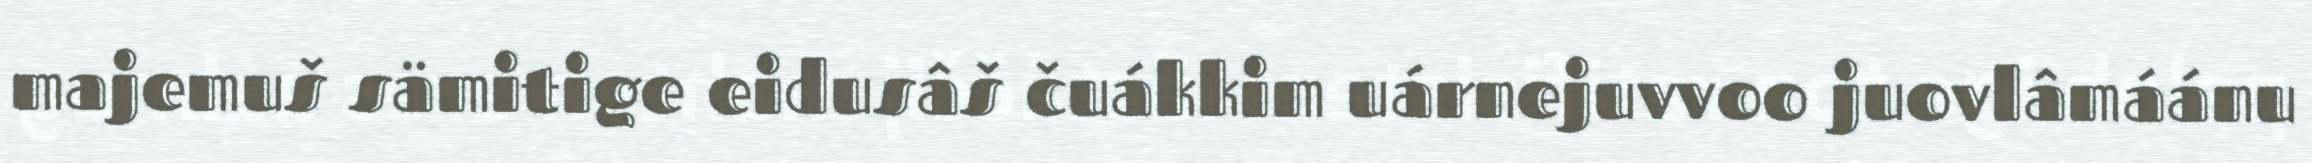
majemuš sämitige eidusâš čuákkim uárnejuvvoo juovlâmáánu